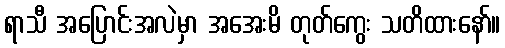
ရာသီ အပြောင်းအလဲမှာ အအေးမိ တုတ်ကွေး သတိထားနော်။